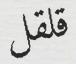
قلقل